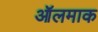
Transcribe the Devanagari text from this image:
ऑलमाक